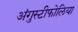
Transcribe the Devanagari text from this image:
अंगुस्टीफोलिया